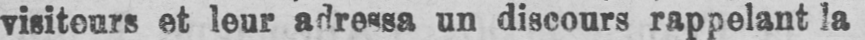
visiteurs et leur adressa un discours rappelant la